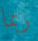
ربما